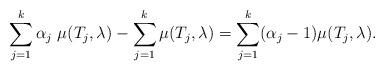
LaTeX: \begin{align*} \sum_{j = 1}^{k} \alpha_j \ \mu(T_j, \lambda) - \sum_{j = 1}^{k} \mu(T_j, \lambda) &= \sum_{j = 1}^{k} (\alpha_j - 1) \mu(T_j, \lambda) .\end{align*}